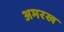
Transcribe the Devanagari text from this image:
अमरख